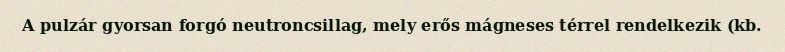
A pulzár gyorsan forgó neutroncsillag, mely erős mágneses térrel rendelkezik (kb.